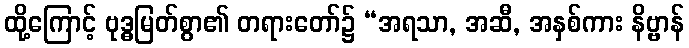
ထို့ကြောင့် ဗုဒ္ဓမြတ်စွာ၏ တရားတော်၌ “အရသာ, အဆီ, အနှစ်ကား နိဗ္ဗာန်